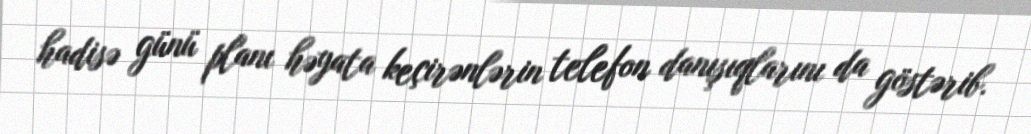
hadisə günü planı həyata keçirənlərin telefon danışıqlarını da göstərib.